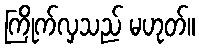
ကြိုက်လှသည် မဟုတ်။